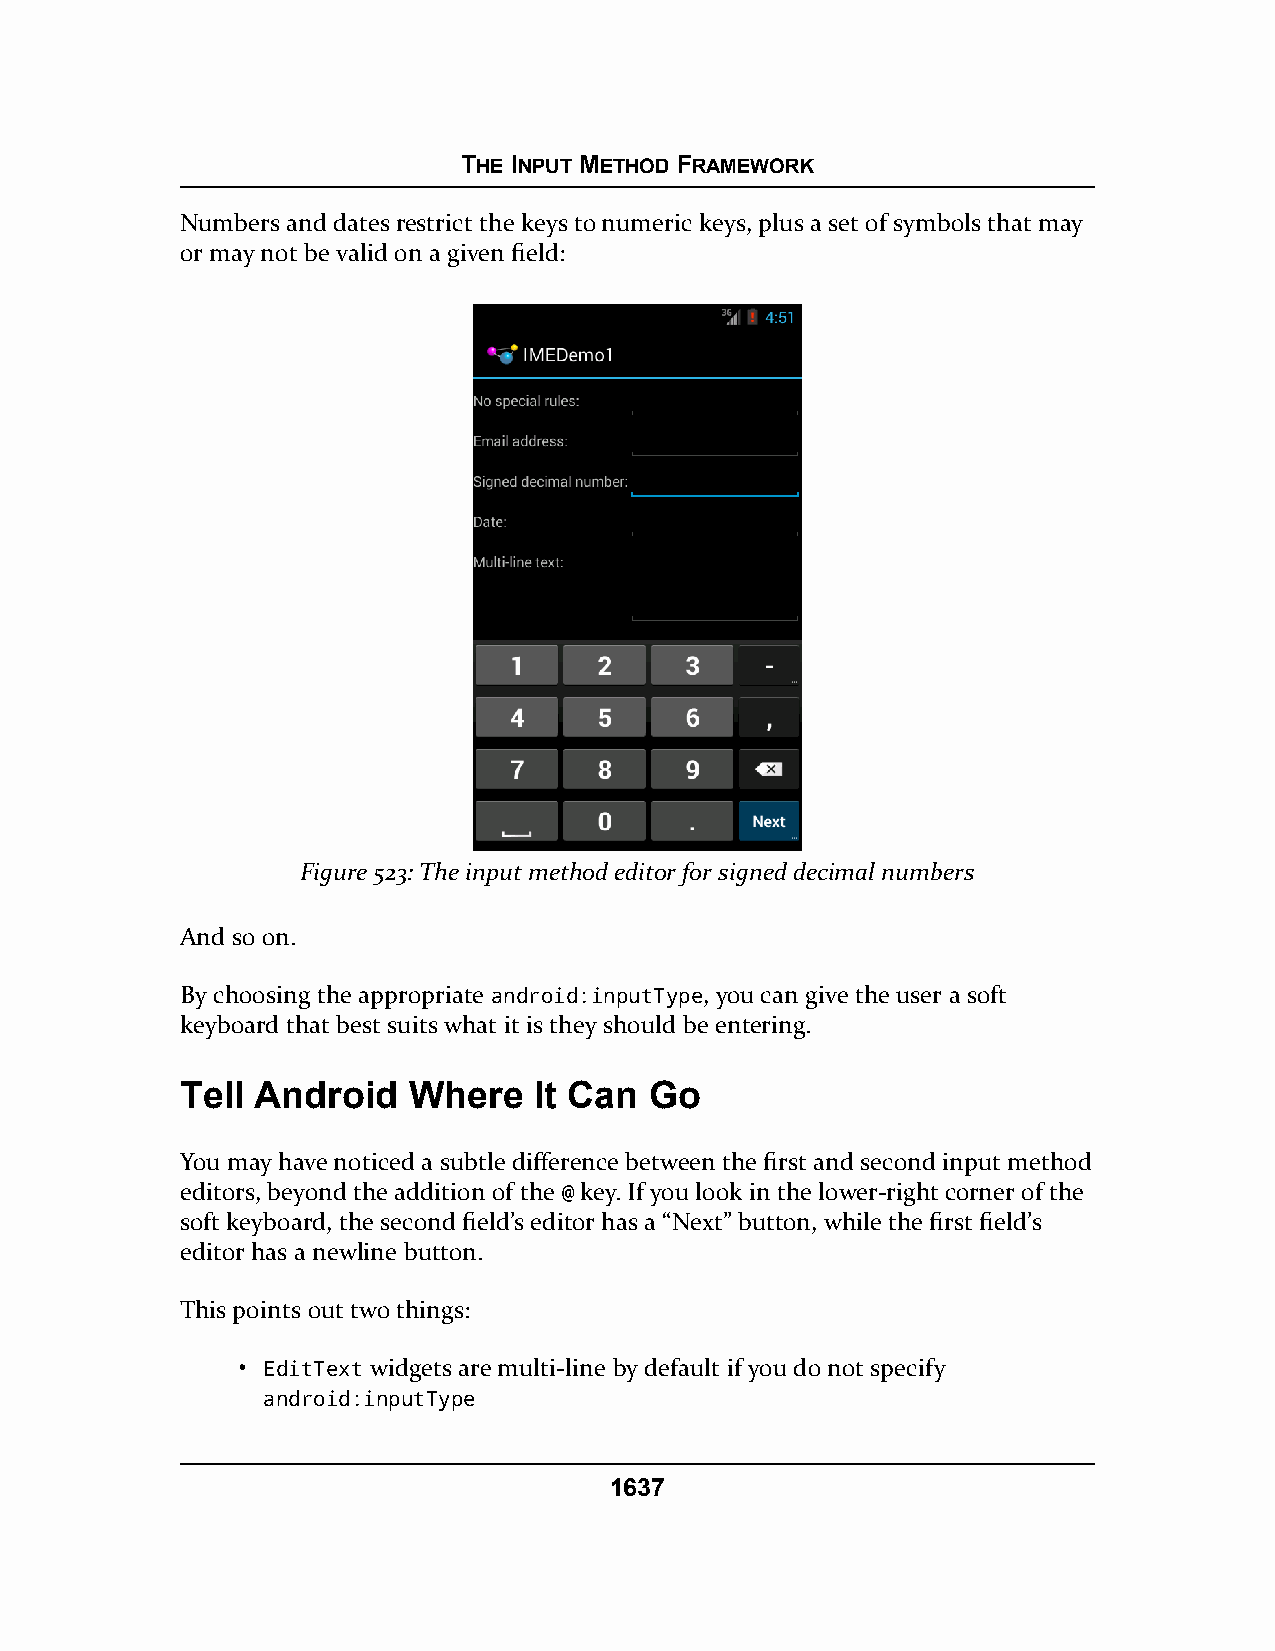
THE INPUT METHOD FRAMEWORK
 Numbers and dates restrict the keys to numeric keys, plus a set of symbols that may
 or may not be valid on a given field:
 Figure 523: The input method editor for signed decimal numbers
 And so on.
 By choosing the appropriate android:inputType, you can give the user a soft
 keyboard that best suits what it is they should be entering.
 Tell Android   Where   It Can  Go
 You may have noticed a subtle difference between the first and second input method
 editors, beyond the addition of the @ key. If you look in the lower-right corner of the
 soft keyboard, the second field’s editor has a “Next” button, while the first field’s
 editor has a newline button.
 This points out two things:
 • EditText widgets are multi-line by default if you do not specify
 android:inputType
 1637